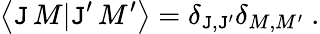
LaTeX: \left\langle\mathtt{J}\, M|\mathtt{J}^{\prime}\, M^{\prime}\right\rangle=\delta_{\mathtt{J},\mathtt{J}^{\prime}}\delta_{M,M^{\prime}}~.